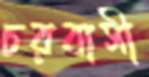
চরবাসী